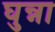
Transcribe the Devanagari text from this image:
घुन्ना